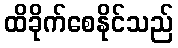
ထိခိုက်စေနိုင်သည်